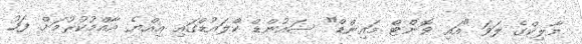
މާލިކްގެ ލަވަ "އައި ވޮންޓް މައިންޑް" ސައުންޑް ކްލައުޑްގައި އިއްޔެ އާއްމުކުރުމަށް ފަހު